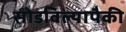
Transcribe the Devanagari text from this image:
सोडविल्यापैकी